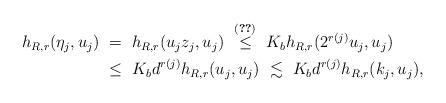
LaTeX: \begin{align*} h_{R,r}(\eta_j, u_j)&\ =\ h_{R,r}(u_j z_j, u_j) \ \stackrel{\eqref{ree60}}{\le}\ K_b h_{R, r}(2^{r(j)}u_j, u_j)\\ &\ \le\ K_bd^{r(j)}h_{R,r}(u_j,u_j)\ \lesssim\ K_bd^{r(j)}h_{R,r}(k_j,u_j), \end{align*}